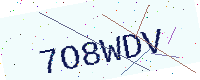
Text: 7O8WDV